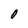
Character: O